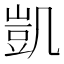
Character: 凱